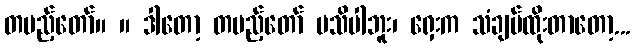
တပည့်တော်။ ။ ဒါတော့ တပည့်တော် မသိပါဘူး၊ ရှေးက သံချပ်ထိုးတာတော့...